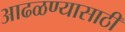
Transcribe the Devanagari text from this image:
आढळण्यासाठी